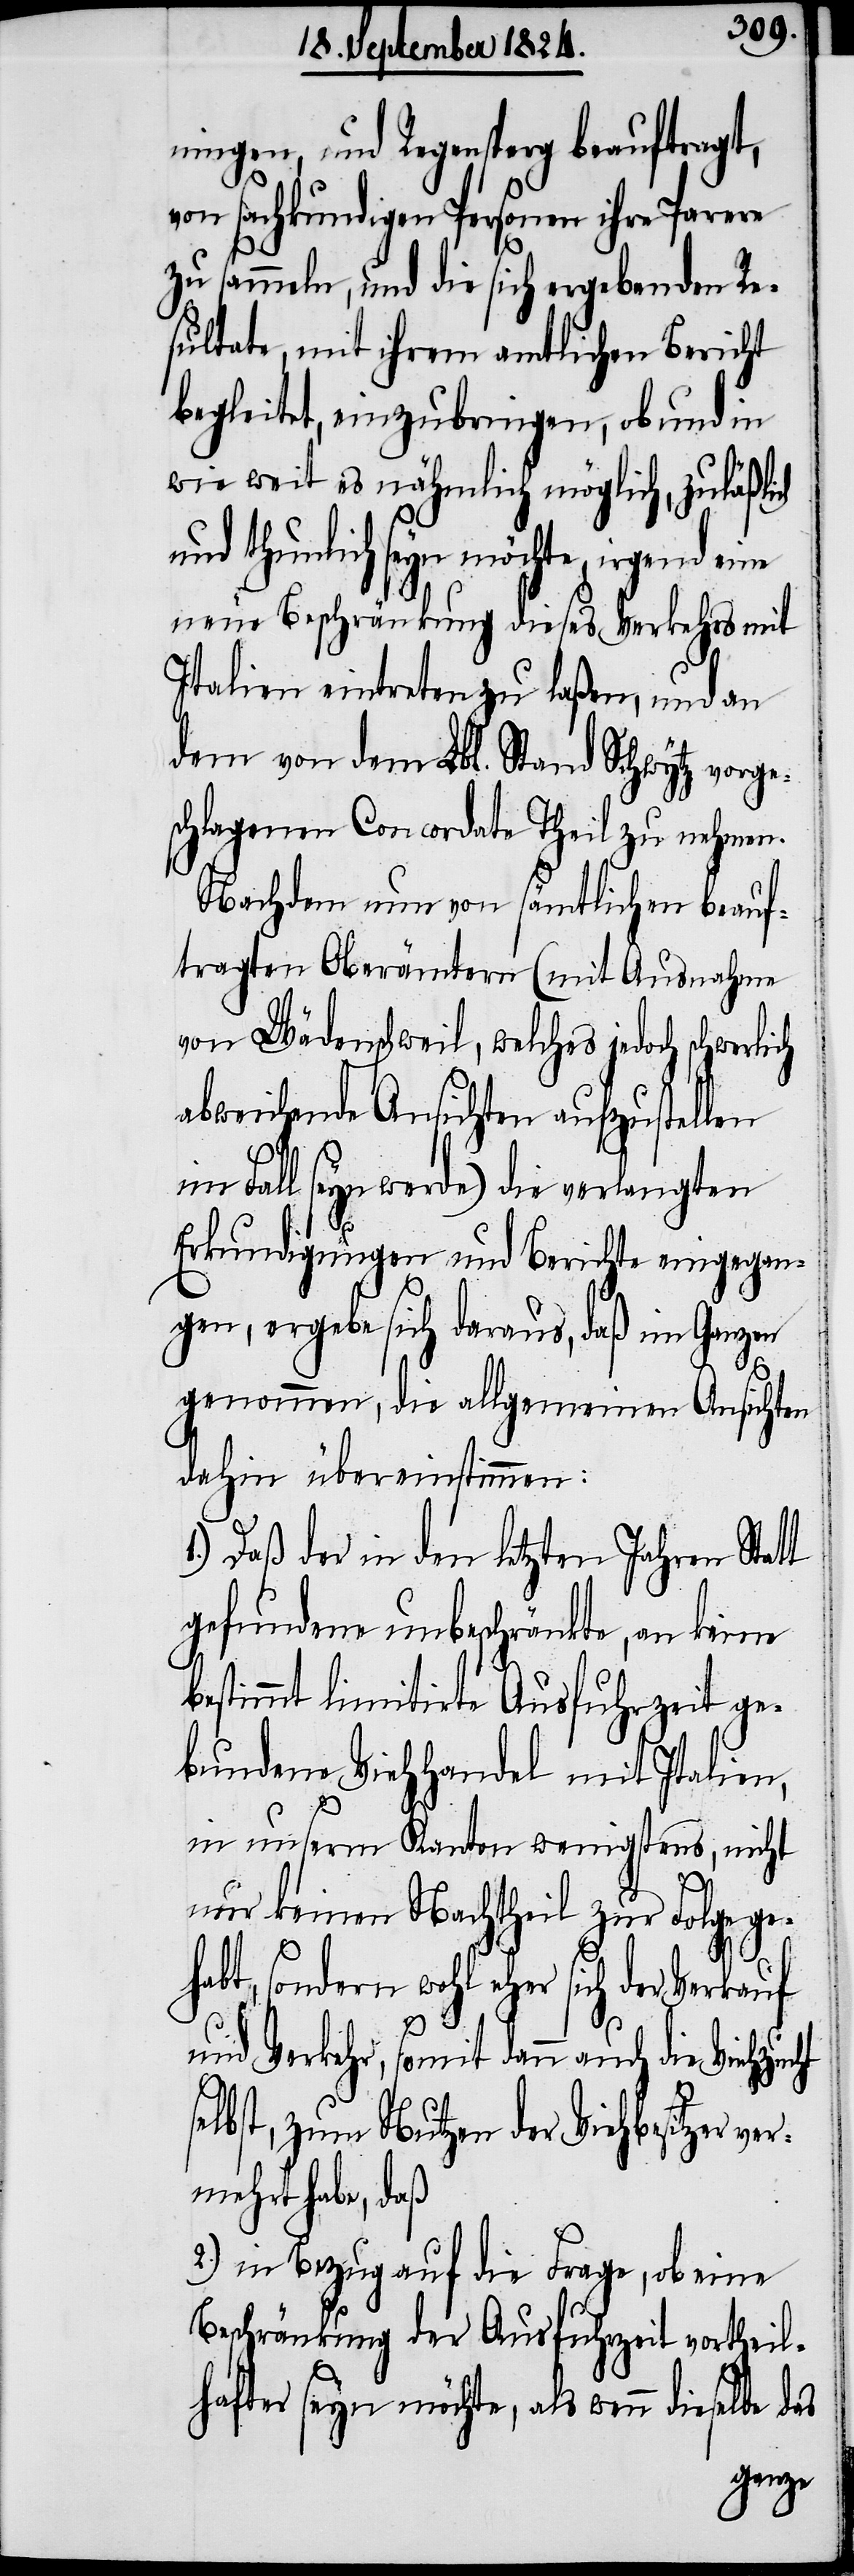
ningen, und Regensperg beauftragt,
von sachkundigen Personen ihre Parere
zu sammeln, und die sich ergebenden Re¬
sultate, mit ihrem amtlichen Bericht
begleitet, einzubringen, ob und in
wie weit es nähmlich möglich, zuläßlich
und thunlich seyn möchte, irgend
neue Beschränkung dieses Verkehrs mit
Italien eintreten zu laßen, und an
dem von dem Lbl. Stand Schwytz vorge¬
schlagenen Concordate Theil zu nehmen.
Nachdem nun von sämtlichen beauf¬
tragten Oberämtern (mit Ausnahme
von Wädenschweil, welches jedoch
abweichende Ansichten aufzustellen
im Fall seyn werde) die verlangten
das
Erkundigungen und Berichte eingegan¬
gen, ergebe sich daraus, daß im Ganzen
s¬
genommen, die allgemeinen Ansichten
dahin übereinstimmen:
Daß der in den letzten Jahren Statt
gefundene unbeschränkte, an keine
bestimmt limitirte Ausfuhrzeit ge¬
bundene Viehhandel mit Italien,
in unserm Kanton wenigstens, nicht
nur keinen Nachtheil zur Folge geh¬
abt, sondern wohl eher sich der Verkauf
und Verkehr, somit dann auch
elbst, zum Nutzen der Viehbesitzer
mehrt habe, daß
2.) in Bezug auf die Frage, ob eine
Beschränkung der Ausfuhrzeit vortheil¬
hafter seyn möchte, als wenn dieselbe